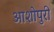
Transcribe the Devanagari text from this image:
आशोपुरी